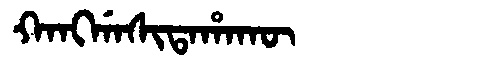
Manchu: ᡴᠠᠩᡤᠠᠰᡳᡨᠠᡥᠠᡴᡡ
Romanization: KANGGASITAHAKŪ